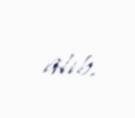
alıb.